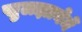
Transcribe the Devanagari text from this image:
सुलझानेमें